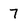
Character: 7